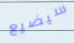
سيضيع